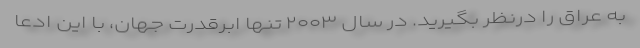
به عراق را درنظر بگیرید. در سال ۲۰۰۳ تنها ابرقدرت جهان، با این ادعا